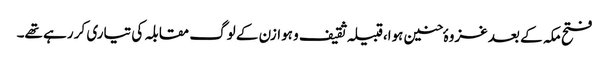
فتح مکہ کے بعد غزوہٴ حنین ہوا،قبیلہ ثقیف و ہوازن کے لوگ مقابلہ کی تیاری کر رہے تھے۔